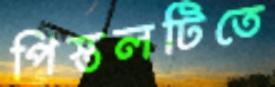
পিস্তলটিতে